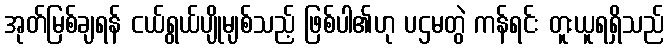
အုတ်မြစ်ချရန် ငယ်ရွယ်ပျိုမျစ်သည့် ဖြစ်ပါ၏ဟု ပဌမတွဲ ကန်ရင်း တူးယူရရှိသည်